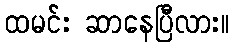
ထမင်း ဆာနေပြီလား။